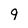
Character: 9